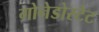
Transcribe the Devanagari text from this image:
गोनेडोस्टेट